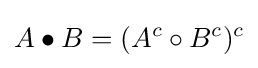
A\bullet B=(A^{c}\circ B^{c})^{c}